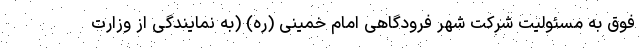
فوق به مسئولیت شرکت شهر فرودگاهی امام خمینی (ره) (به نمایندگی از وزارت